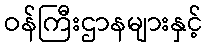
ဝန်ကြီးဌာနများနှင့်